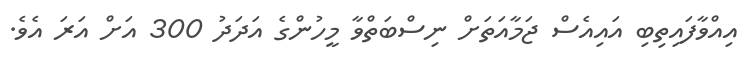
އިއްވާފައިތިބި އައިއެސް ޖަމާއަތަށް ނިސްބަތްވާ މީހުންގެ އަދަދު 300 އަށް އަރަ އެވެ.